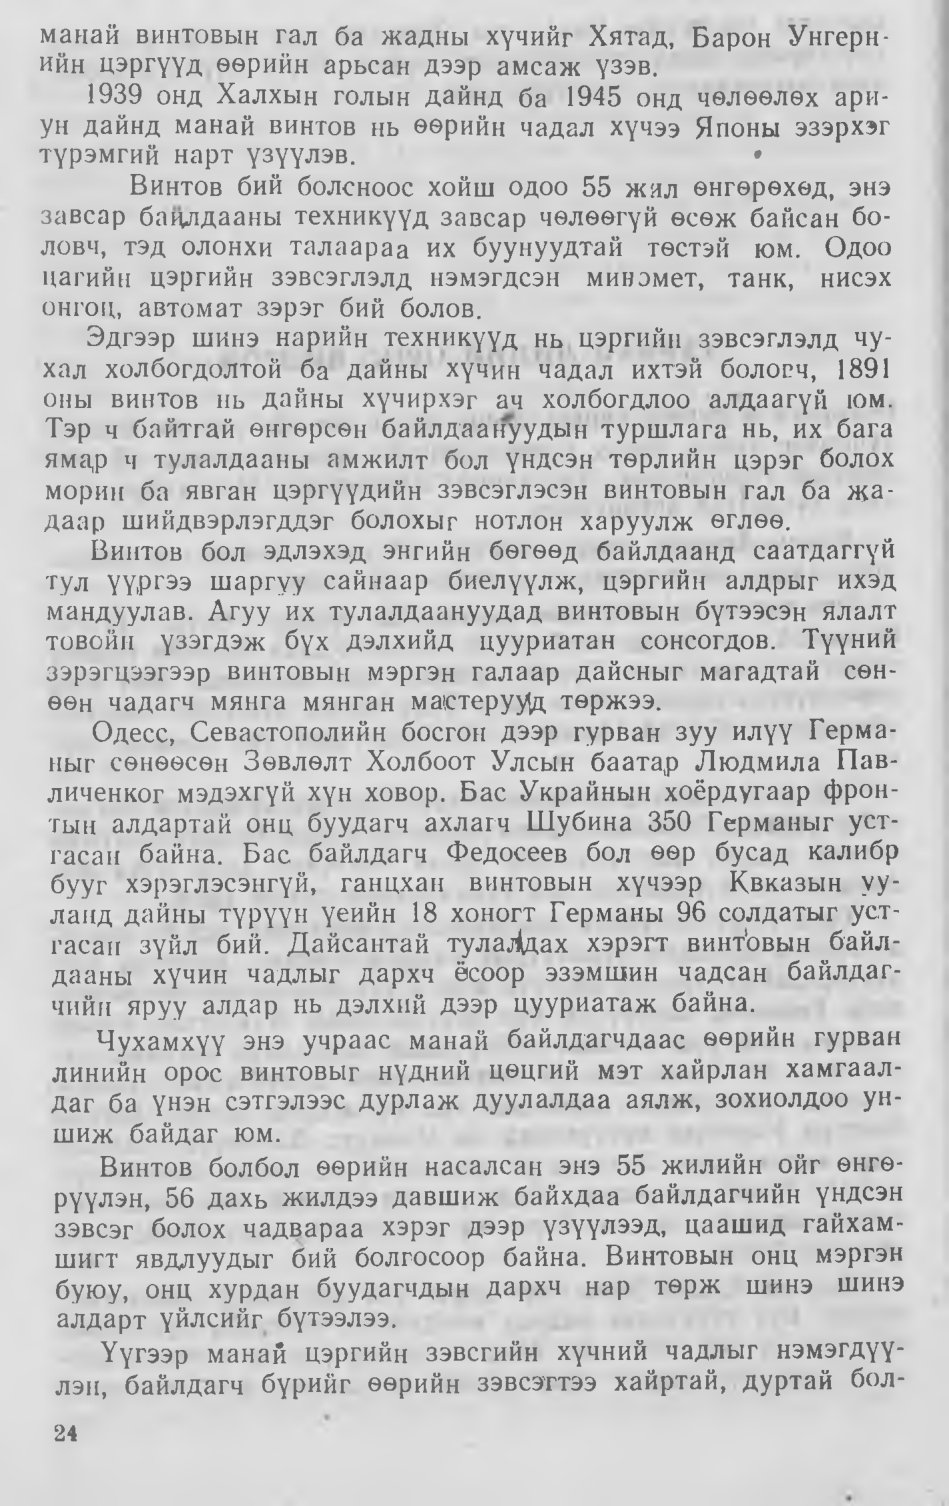
Language: mn